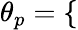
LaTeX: {\theta}_{p}=\left\{ \begin{array}{rlr}\end{array}\right.